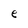
Character: e